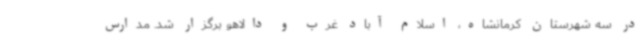
در سه شهرستان کرمانشاه، اسلام آباد غرب و دالاهو برگزار شد. مدارس